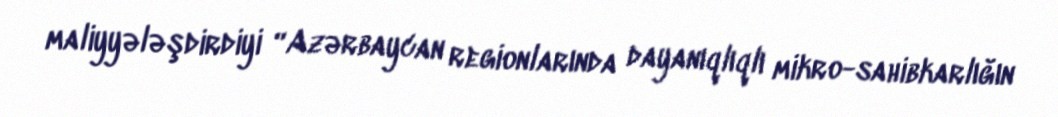
maliyyələşdirdiyi “Azərbaycan regionlarında dayanıqlıqlı mikro-sahibkarlığın